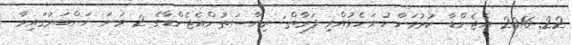
22